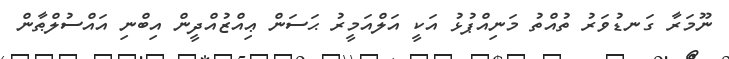
ނޫމަރާ ގަނޑުވަރު ތުއްތު މަނިއްޕުޅު އަކީ އަލްއަމީރު ޙަސަން ޢިއްޒުއްދީން އިބްނި އައްސުލްޠާން